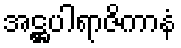
အဋ္ဌပါရာဇိကာနံ